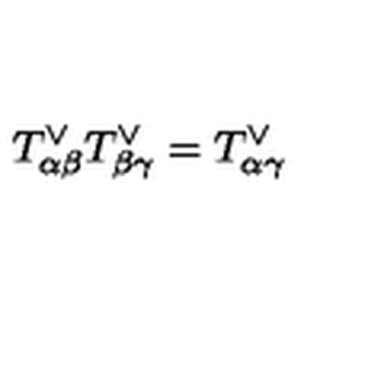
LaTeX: T _ { \alpha \beta } ^ { \vee } T _ { \beta \gamma } ^ { \vee } = T _ { \alpha \gamma } ^ { \vee }